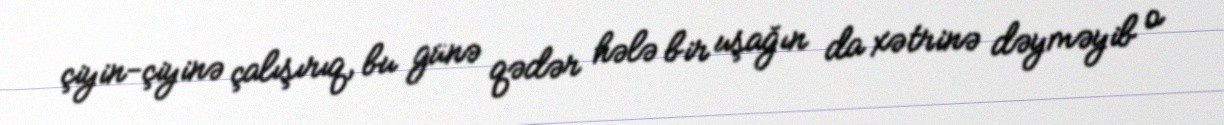
çiyin-çiyinə çalışırıq, bu günə qədər hələ bir uşağın da xətrinə dəyməyib o